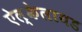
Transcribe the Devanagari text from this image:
ऐल्केलायड